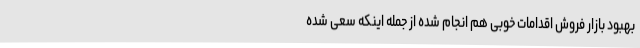
بهبود بازار فروش اقدامات خوبی هم انجام شده از جمله اینکه سعی شده